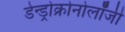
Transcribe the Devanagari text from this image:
डेन्ड्रोक्रोनोलॉजी